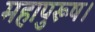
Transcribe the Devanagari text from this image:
महापुरूष।